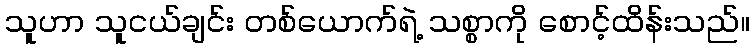
သူဟာ သူငယ်ချင်း တစ်ယောက်ရဲ့ သစ္စာကို စောင့်ထိန်းသည်။